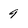
Character: 9